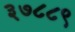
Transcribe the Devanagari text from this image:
३७८८९